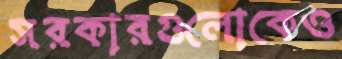
সরকারগুলোকেও